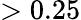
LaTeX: >0.25